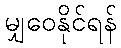
မျှဝေနိုင်ရန်